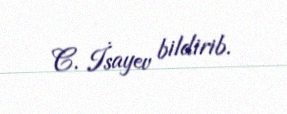
C. İsayev bildirib.